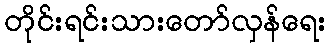
တိုင်းရင်းသားတော်လှန်ရေး